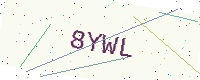
Text: 8YWL